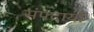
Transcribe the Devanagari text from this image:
संपदायों